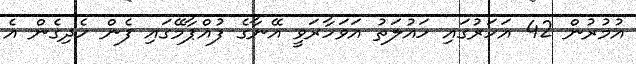
އުމުރުން 42 އަހަރުގައި ހައުލަތު އަވަހާރަވީ އޭނާގެ ފުއްޕާމޭގައި ފެން ހެދިގެން އެ